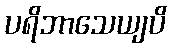
ပရိဘာသေယျပိ